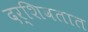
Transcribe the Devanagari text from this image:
दर्शिवतात